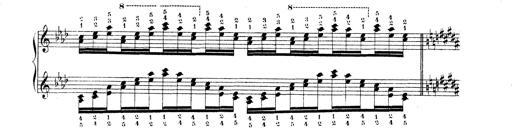
Title: Technische Studien
Composer: Franz Liszt